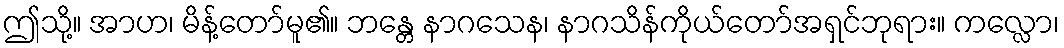
ဤသို့။ အာဟ၊ မိန့်တော်မူ၏။ ဘန္တေ နာဂသေန၊ နာဂသိန်ကိုယ်တော်အရှင်ဘုရား။ ကလ္လော၊